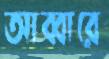
আব্বারে